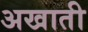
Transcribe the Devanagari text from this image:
अखाती